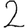
Digit: 2